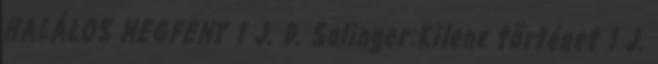
HALÁLOS MEGFENY 1 J. D. Salinger:Kilenc történet 1 J.